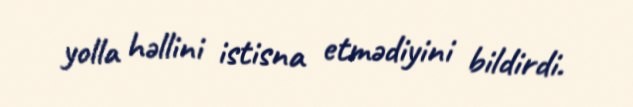
yolla həllini istisna etmədiyini bildirdi.